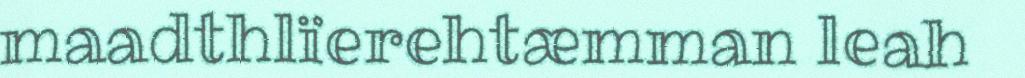
maadthlïerehtæmman leah